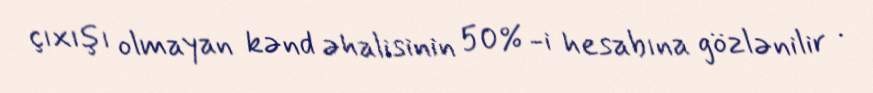
çıxışı olmayan kənd əhalisinin 50% -i hesabına gözlənilir .